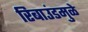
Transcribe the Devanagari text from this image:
रिबाउंडमुळे